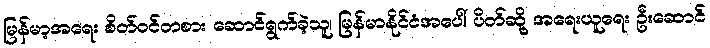
မြန်မာ့အရေး စိတ်ဝင်တစား ဆောင်ရွက်ခဲ့သူ၊ မြန်မာနိုင်ငံအပေါ် ပိတ်ဆို့ အရေးယူရေး ဦးဆောင်